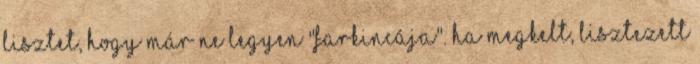
lisztet, hogy már ne legyen "farkincája". Ha megkelt, lisztezett